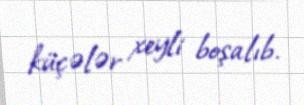
küçələr xeyli boşalıb.